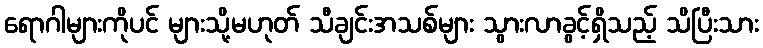
ရောဂါများကိုပင် များသို့မဟုတ် သီချင်းအသစ်များ သွားလာခွင့်ရှိသည့် သိပြီးသား